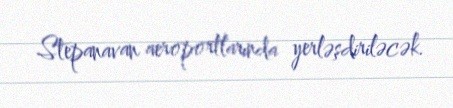
Stepanavan aeroportlarında yerləşdiriləcək.